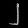
Digit: ၂